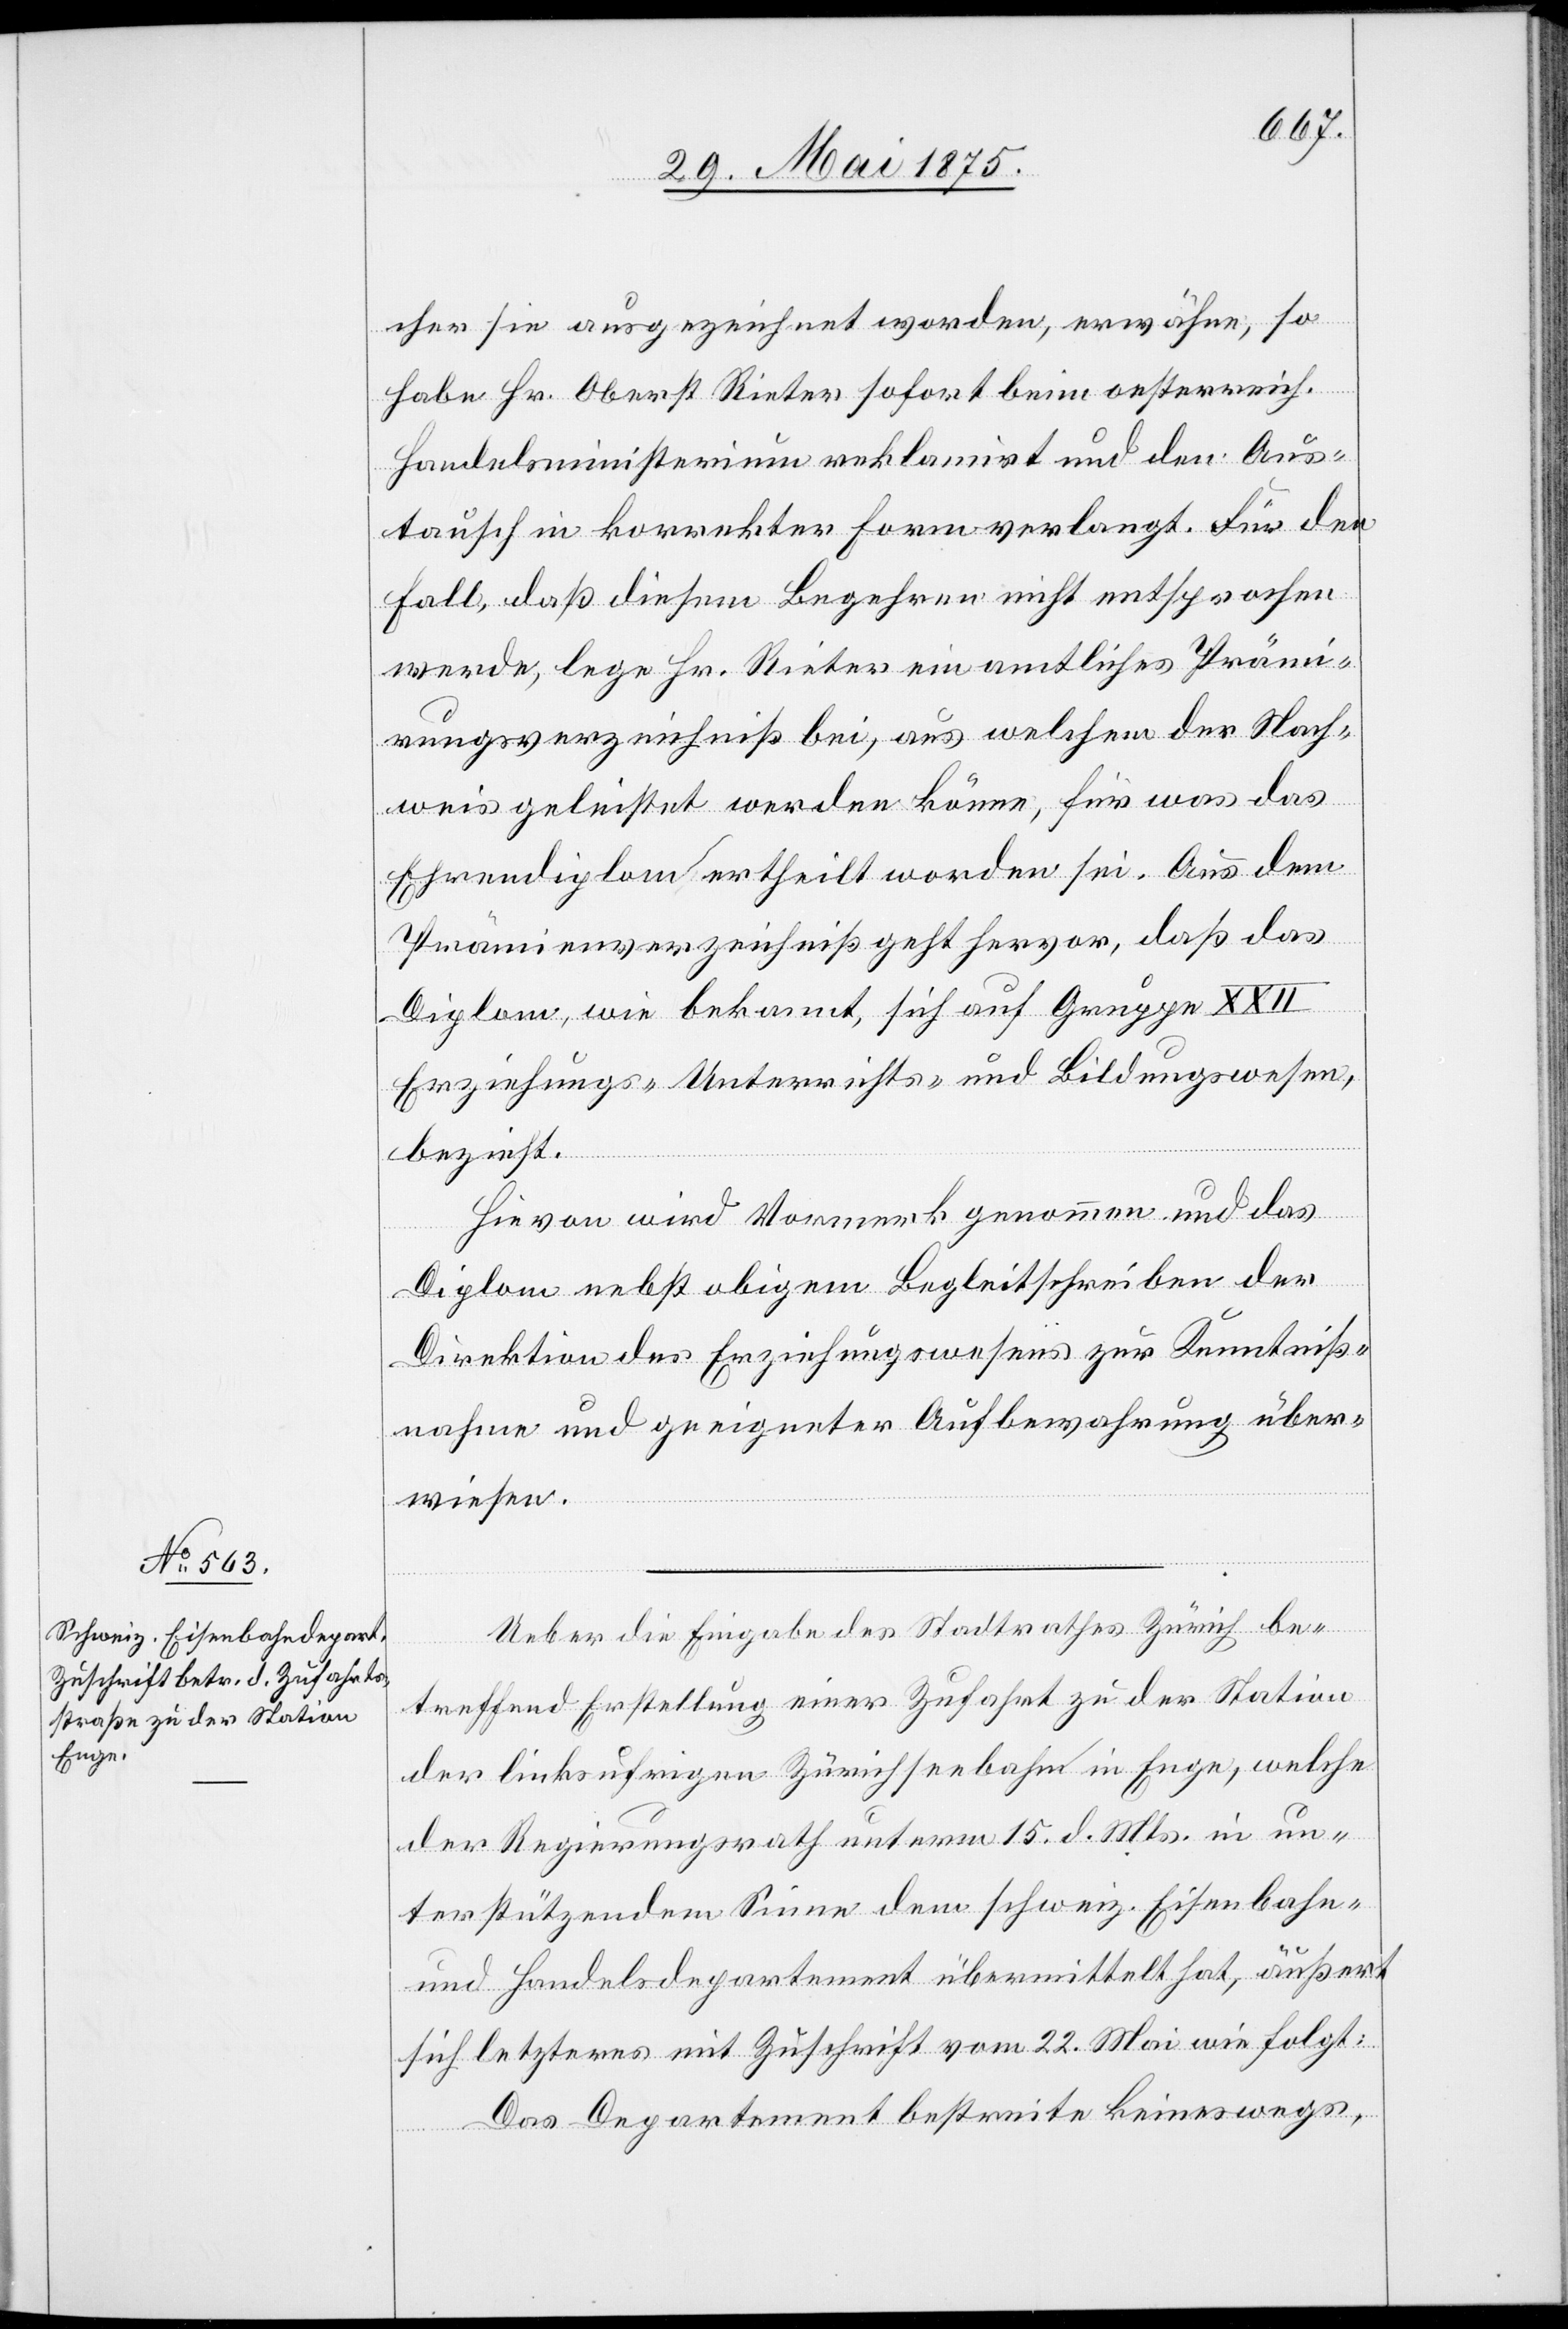
cher sie ausgezeichnet worden, erwähne, so
habe Hr. Oberst Rieter sofort beim oesterreich.
Handelsministerium reklamirt und den Aus¬
tausch in korrekter Form verlangt. Für den
Fall, daß diesem Begehren nicht entsprochen
werde, lege Hr. Rieter ein amtliches Prämi¬
rungsverzeichniß bei, aus welchem der Nach¬
weis geleistet werden könne, für was das
Ehrendiplom ertheilt worden sei. Aus dem
Prämienverzeichniß geht hervor, daß das
Diplom, wie bekannt, sich auf Gruppe XXII
Erziehungs-[,] Unterrichts- und Bildungswesen,
bezieht.
Hievon wird Vormerk genommen und das
Diplom, nebst obigem Begleitschreiben der
Direktion des Erziehungswesens zur Kenntniß¬
nahme und geeigneter Aufbewahrung über¬
wiesen.
Ueber die Eingabe des Stadtrathes Zürich be¬
treffend Erstellung einer Zufahrt zu der Station
der linksufrigen Zürichseebahn in Enge, welche
der Regierungsrath unterm 15. d. Mts in un¬
terstützendem Sinne dem schweiz. Eisenbahn-
und Handelsdepartement übermittelt hat, äußert
sich letzteres mit Zuschrift vom 22. Mai wie folgt:
Das Departement bestreite keineswegs,